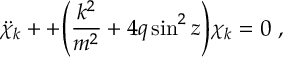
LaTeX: \ddot { \chi } _ { k } + + { \left( { \frac { k ^ { 2 } } { m ^ { 2 } } } + 4 q \sin ^ { 2 } z \right) } \chi _ { k } = 0 \ ,